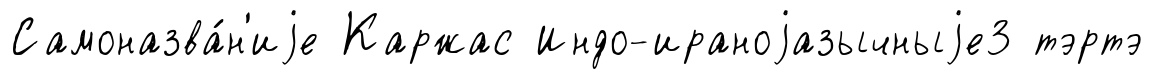
Самоназва́н'иjе Каржас Индо-ираноjазычныjе3 тэртэ